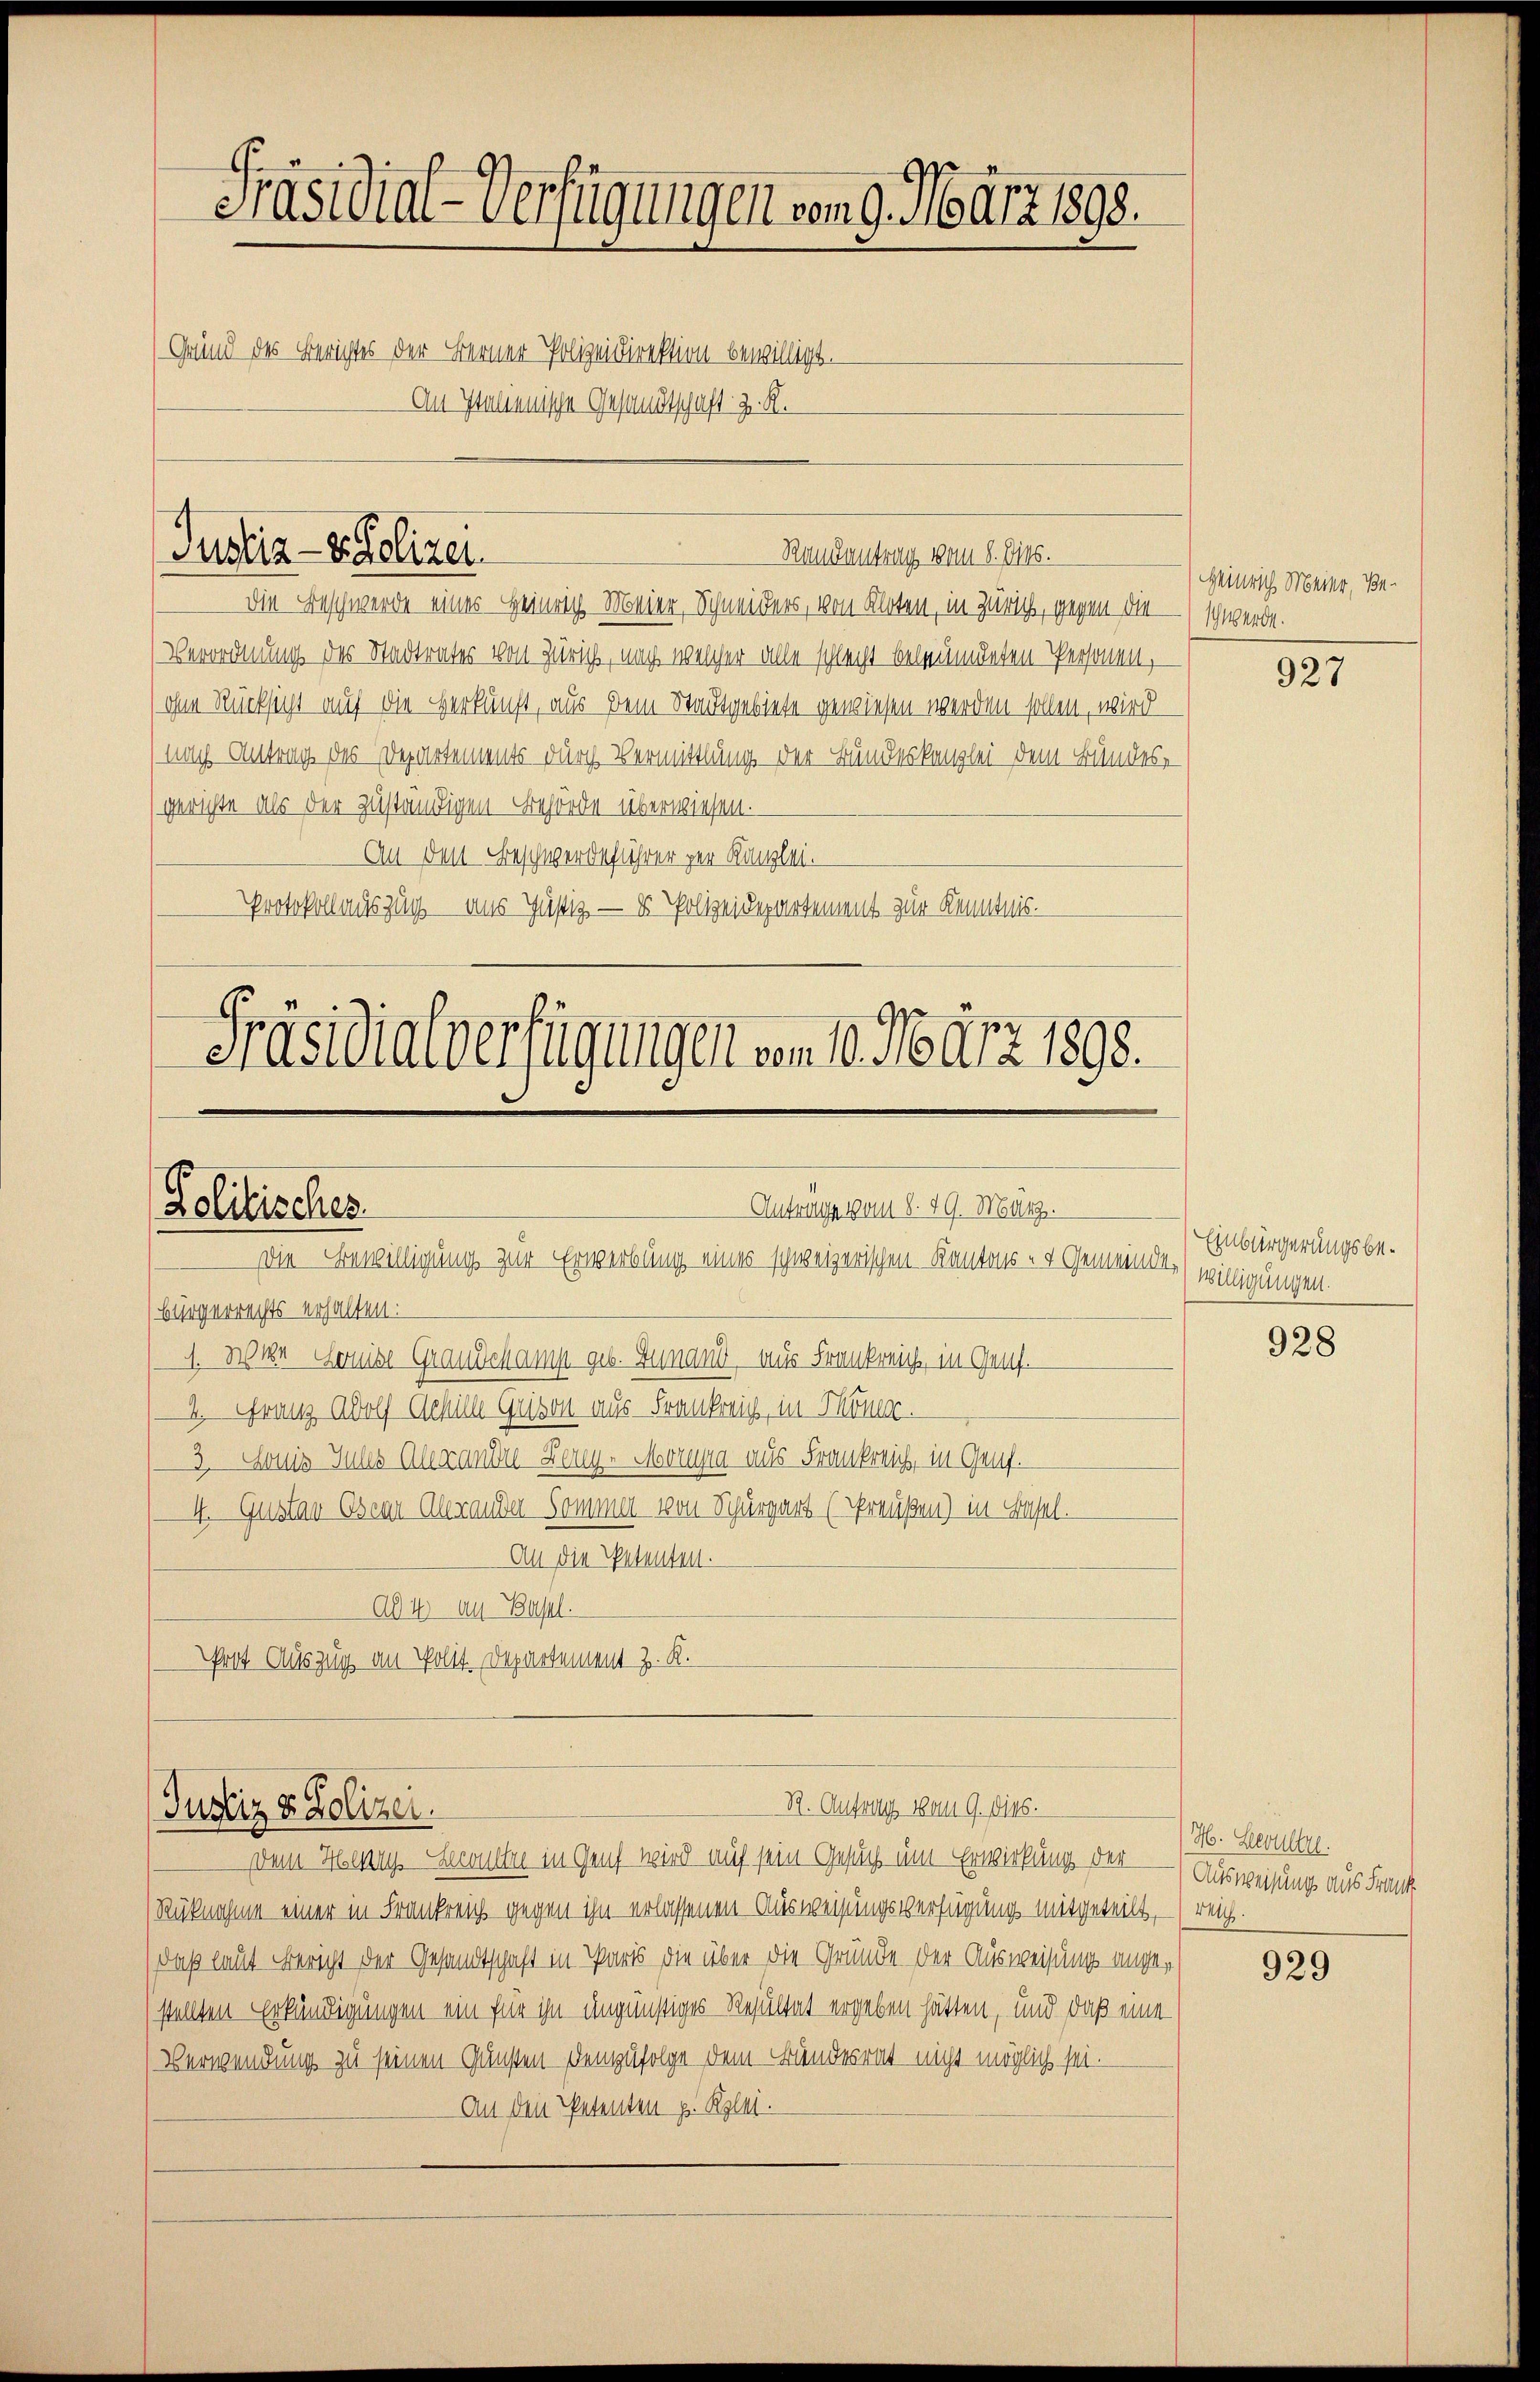
Präsidial-Verfügungen vom 9. März 1898.
Grund des Berichtes der Berner Polizeidirektion bewilligt.
An Italienische Gesandtschaft z. K.

Justiz- & Polizei

Die Beschwerde eines Heinrich Meier, Schneiders, von Kloten, in Zürich, gegen die
Verordnung des Stadtrates von Zürich, nach welcher alle schlecht beleumdeten Personen,
(ohne Rücksicht auf die Verkunft, aus dem Stadtgebiete gewiesen werden sollen, wird
(nach Antrag des Departements durch Vermittlung der Bundeskanzlei dem Bundes,
(gerichte als der zuständigen Behörde überwiesen.
An den Beschwerdeführer zur Kanzlei.
Protokollauszug ans Justiz — es Polizeidepartement zur Kenntnis.

Präsidialverfügungen vom 10. März 1893.
Politisches.
 Antrage vom 8. 19. März.
Die Bewilligung zur Erwerbung eines schweizerischen Kantons- & Gemeinde¬
(Bürgerrechts erhalten:
1. Wir Konial Grandchamp geb. Finand aus Frankreich, in Geneh¬

Justiz & Polizei.

An die Petenten.
Ad 4. Au Basel.
Prit Auszug an Polit. Departement z. K.

2. Franz Adolf Schille Grison aus Frankreich, in Töne.
3. Sonis Julis Alexande Berg-Movrua aus Frankreich, in Graf.
4. Gustav Esear Alexander Sommer von Schürgart (Preußen) in Basel.

Randentrag vom 8. Dies.

R. Aufrag vom 9. dies.

Dem Herr Seellen in Genf wird auf sein Gesuch um Erwirkung der
Rücknahme einer in Frankreich gegen ihn erlassenen Ausweisungsverfügung mitgeteilt, reich.
daß laut Bericht der Gesandtschaft in Paris die über die Gründe der Ausweisung angestellten Erkändigungen ein für ihn ungünstiges Resultat ergeben hätten, und daß eine
Verwendung zu seinen Gunsten demzufolge dem Bundesrat nicht möglich sei.
An den Petenten z. Kolet.

Heinrich Meier, Be¬
Ich werde.

927

Einbürgerungsbewilligungen.

928

H. Leevultre.
Ausweisung aus Frank

929